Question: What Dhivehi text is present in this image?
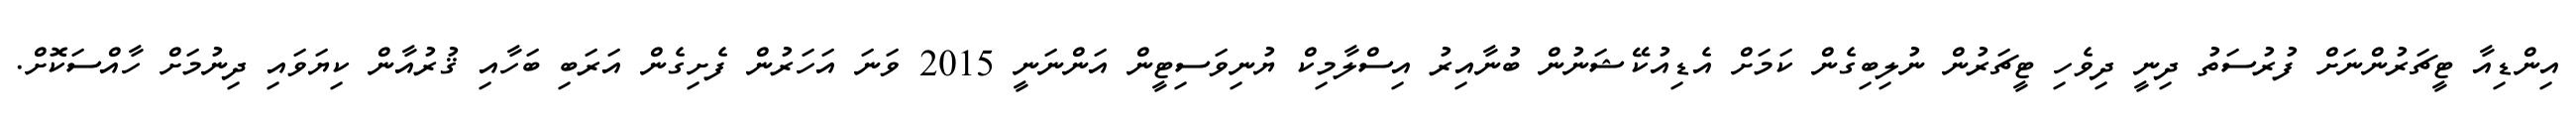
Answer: އިންޑިއާ ޓީޗަރުންނަށް ފުރުސަތު ދިނީ ދިވެހި ޓީޗަރުން ނުލިބިގެން ކަމަށް އެޑިއުކޭޝަނުން ބުނާއިރު އިސްލާމިކް ޔުނިވަސިޓީން އަންނަނީ 2015 ވަނަ އަހަރުން ފެށިގެން އަރަބި ބަހާއި ޤުރުއާން ކިޔަވައި ދިނުމަށް ހާއްސަކޮށް.